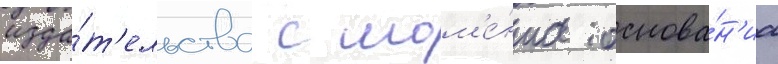
изда́т'ельства с мом'е́нта основа́н'иа